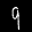
Label: 9